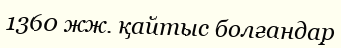
1360 жж. қайтыс болғандар